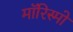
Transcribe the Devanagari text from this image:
मॉरिस्मो